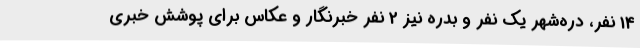
14 نفر، دره‌شهر یک نفر و بدره نیز 2 نفر خبرنگار و عکاس برای پوشش خبری